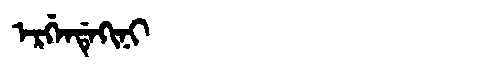
Manchu: ᡝᡵᡤᡝᠨᡩᡝᡴᡳᠨᡳ
Romanization: ERGENDEKINI